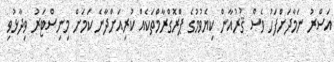
އަސްރު ނަމާދަށްފަހު ވެސް ޤުރުއާން ކިޔެވުމުގެ ޕްރޮގްރާމްތަކެއް ކުރިއަށްދާނެ ކަމަށް މިނިސްޓަރު ވިދާޅުވި